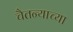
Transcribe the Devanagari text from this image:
चैतन्याच्या